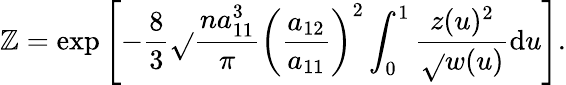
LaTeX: \mathbb{Z}=\mathrm{{exp}}\left[-\frac{{8}}{{3}}\sqrt{}{{\frac{{na_{11}^{3}}}{{\pi}}}}\left(\frac{{a_{12}}}{{a_{11}}}\right)^{2}\int_{0}^{1}\frac{{z(u)^{2}}}{{\sqrt{}{{w(u)}}}}\mathrm{{d}}u\right].